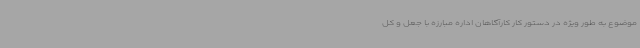
موضوع به طور ویژه در دستور کار کارآگاهان اداره مبارزه با جعل و کل